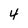
Character: 4